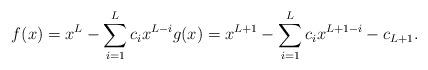
LaTeX: \begin{align*}f(x)=x^{L}-\sum_{i=1}^{L}c_{i}x^{L-i} g(x)=x^{L+1}-\sum_{i=1}^{L}c_{i}x^{L+1-i}-c_{L+1}.\end{align*}